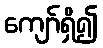
ကျော်ရှိ၍